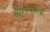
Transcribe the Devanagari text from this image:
सारस्वरूप